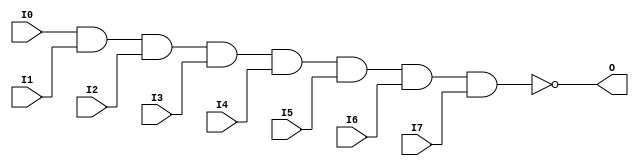

/*

FUNCTION	: 8-INPUT NAND GATE

*/

`timescale  100 ps / 10 ps

`celldefine

module NAND8 (O, I0, I1, I2, I3, I4, I5, I6, I7);


    output O;

    input  I0, I1, I2, I3, I4, I5, I6, I7;

    nand A1 (O, I0, I1, I2, I3, I4, I5, I6, I7);

    specify
	(I0 *> O) = (0, 0);
	(I1 *> O) = (0, 0);
	(I2 *> O) = (0, 0);
	(I3 *> O) = (0, 0);
	(I4 *> O) = (0, 0);
	(I5 *> O) = (0, 0);
	(I6 *> O) = (0, 0);
	(I7 *> O) = (0, 0);
    endspecify

endmodule

`endcelldefine